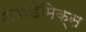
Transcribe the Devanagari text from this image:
अकॅडेमिक्स